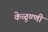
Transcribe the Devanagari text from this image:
केळूण्णी